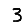
Digit: 3